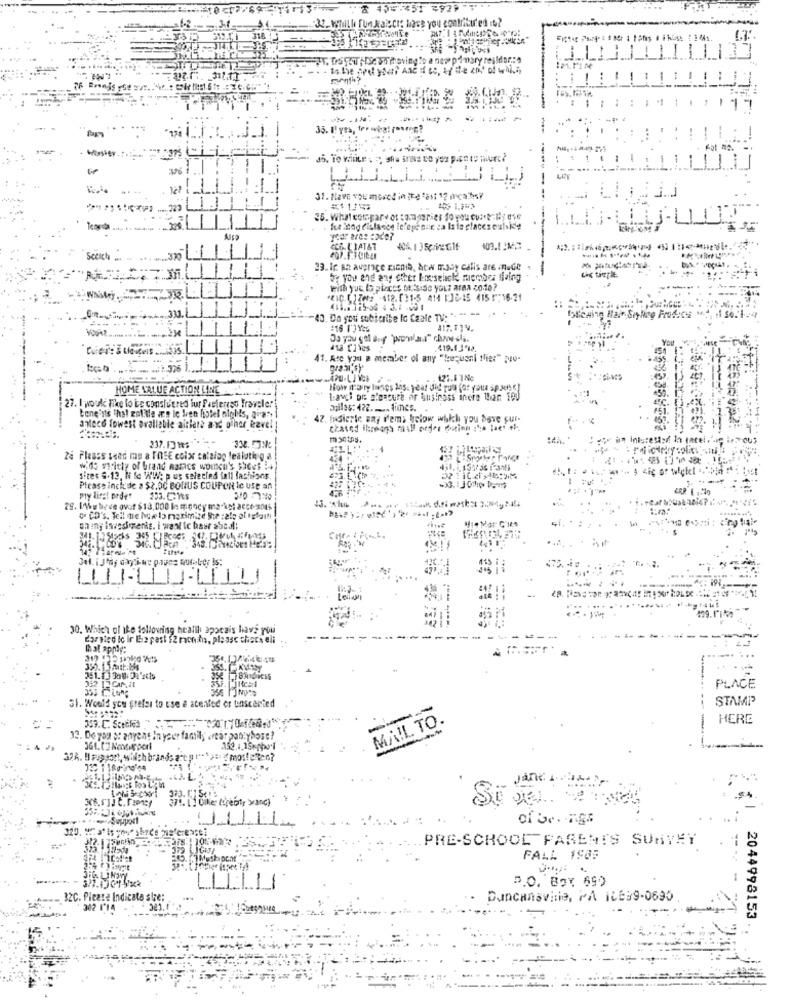
2 45=351 7979
-33, Whilthe fun Naiscis base you contributed it?
318
WT. trouw ; Ise www moving to a new primary residar .: 4
1. 12 ..
*13
-
:
1 1
----
-
35. What compare of sommaries fo you re-
Alsa
SCO. L'IAT&T
23. ic sa average Ricnib, hew may calls are .nude
5x you and any other boselick member diaing
With yot (> pieces ofside your aran code?
31.
40. Do you subscribe Io Caale TV- "- - -- ..
:16 1')Y25
419.13 %).
41. Are you a member of any "ke-uanl flie:" pro-
HOME VALUE ACTION LINE
--------
L-avci De s'oscure of business inere than 100
27. I would like to be considered iur Pacientes Traveler
Dgiles: 422. -... fines. .
bene'n's That zoliile æ's le lien hotel nichts, gia",
47. Indicrie any ifema below which you bave gur-
antece fowest avalleble aiflere and other kavel
an Inisrested In pacei
237.13 MES
za Please send me a FREE colx catalog lealoting a
wide variety of brand names women's SICes :4
sites S.13, N Se WWW; p us selecled fall fashions.
Please inckde a $2.00 BONUS COUPON to USE an
my first ordet
153.C.Ks
29. Iowe ligue over $13,000 le mnocy ma "\' artrants
o CD's, Tell the how to maximize She :ale al igigan
chiny investments. i waxt ic haar s5cal!
429.fl
30, Which of ike following health appcais have you
Cargico ic ir Eine past $2 months, please chers eli
Chal apply:
356. 1.3 /Viser gts
332 12 CAN, 21
351.13 300.01'ncis
PLACE
STAMP
51. Would you prefer to use a atenfed er unscented
---
---
MAIL TO.
HERE
12. Do you o: anyens In your family ertar pantyhose?
361.[.] Nongir perl
326. Il supsont, willch brands are g rer == = mosteten?
.LA. L.
Si
320. ":" a" is you" shrde Nis creassi
312.1
PRE-SCHOOL PARENTS SURVEY
FALL 1985
P.O. BOX 69)
32C. Please Indicate she:
Duncansvine, PA ILEB9-0695
2044998153.